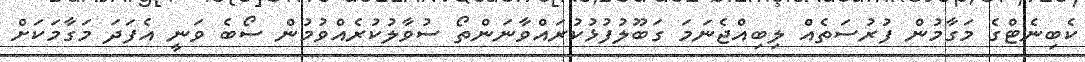
ކެބިނެޓްގެ މަގާމުން ފުރުސަތެއް ލިބިއްޖެނަމަ ގަބޫލުފުޅުކުރައްވާނަންތޯ ސުވާލުކުރެއްވުމުން ސޯބެ ވަނީ އެފަދަ މަގާމަކަށް